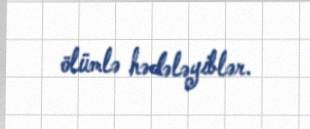
ölümlə hədələyiblər.